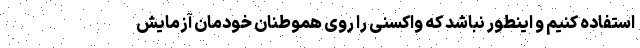
استفاده کنیم و اینطور نباشد که واکسنی را روی هموطنان خودمان آزمایش